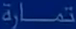
تمارة